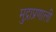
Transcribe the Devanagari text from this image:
मुद्राप्रणाली